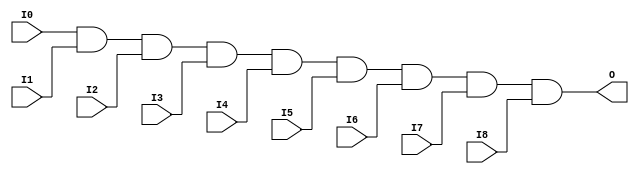

/*

FUNCTION	: 9-INPUT AND GATE

*/

`timescale  100 ps / 10 ps

`celldefine

module AND9 (O, I0, I1, I2, I3, I4, I5, I6, I7, I8);


    output O;

    input  I0, I1, I2, I3, I4, I5, I6, I7, I8;

    and A1 (O, I0, I1, I2, I3, I4, I5, I6, I7, I8);

    specify
	(I0 *> O) = (0, 0);
	(I1 *> O) = (0, 0);
	(I2 *> O) = (0, 0);
	(I3 *> O) = (0, 0);
	(I4 *> O) = (0, 0);
	(I5 *> O) = (0, 0);
	(I6 *> O) = (0, 0);
	(I7 *> O) = (0, 0);
	(I8 *> O) = (0, 0);
    endspecify

endmodule

`endcelldefine